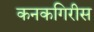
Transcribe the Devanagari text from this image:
कनकगिरीस